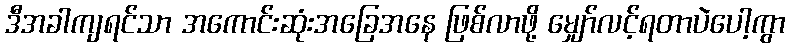
ဒီအခါကျရင်သာ အကောင်းဆုံးအခြေအနေ ဖြစ်လာဖို့ မျှော်လင့်ရတာပဲပေါ့ကွာ